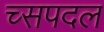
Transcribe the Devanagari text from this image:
च्सपदल